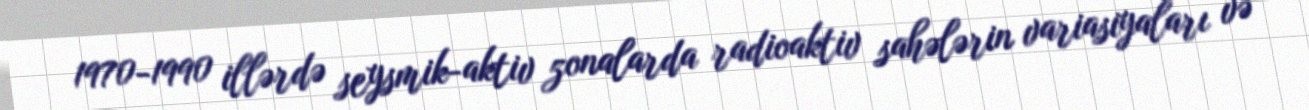
1970-1990 illərdə seysmik-aktiv zonalarda radioaktiv sahələrin variasiyaları və